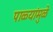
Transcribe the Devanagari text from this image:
पाळ्यांमुळे